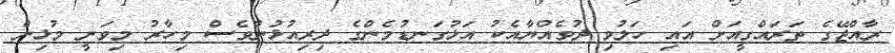
ރާއްޖޭގެ ތަރައްގީއަށް އައި ހަލުވި ދުވެއްޔާއެކު އަޅުގަނޑުމެންގެ ދިރިއުޅުންވެސް މިހާރު މިވަނީ މުޅިން